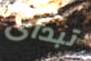
تبدأى